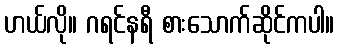
ဟယ်လို။ ဂရင်နရီ စားသောက်ဆိုင်ကပါ။